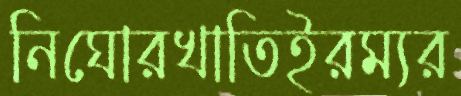
নিঘোরখাতিইরম্যর